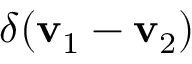
\delta ( { \bf { v } } _ { 1 } - { \bf { v } } _ { 2 } )